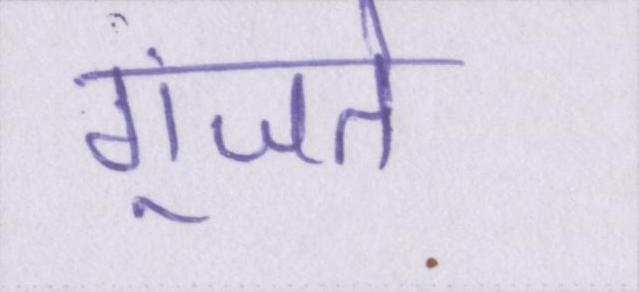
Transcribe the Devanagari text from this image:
गूंजते